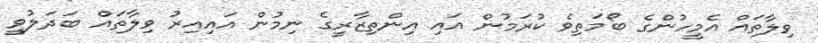
ވިލާތައް އެމީހުންގެ ބޯމަތިވެ ކުރަމުން އައި އިންތިޒާރީގެ ނިމުން އައިއިރު ވިލާތައް ބަދަލުވީ